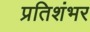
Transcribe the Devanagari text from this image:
प्रतिशंभर